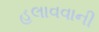
હલાવવાની